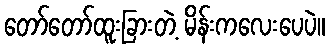
တော်တော်ထူးခြားတဲ့ မိန်းကလေးပေပဲ။